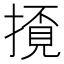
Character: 𢴓